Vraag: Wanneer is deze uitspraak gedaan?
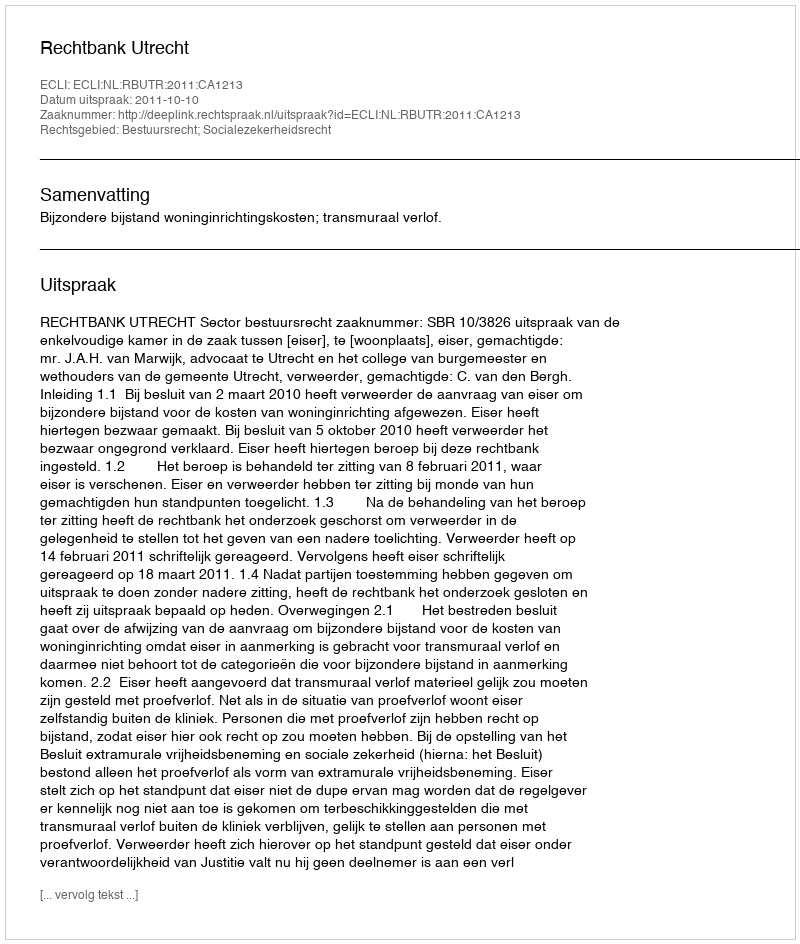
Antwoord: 2011-10-10